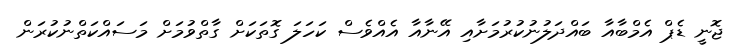
ޖޮނީ ޑެޕް އެމްބާއާ ބައްދަލުނުކުރުމަށާއި އޭނާއާ އެއްވެސް ކަހަލަ ގޮތަކަށް ގާތްވުމަށް މަސައްކަތްނުކުރަން